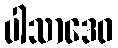
ပါသာဒေဝ